Indian journal of veterinary science and animal husbandry - Volume 6,
Year: 1936
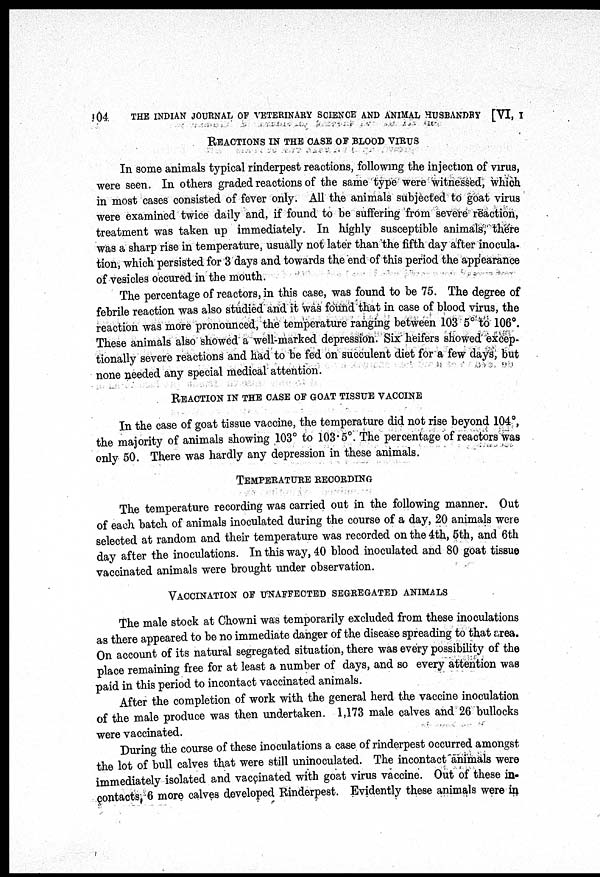
104.
THE INDIAN JOURNAL OF VETERINARY SCIENCE AND ANIMAL HUSBANDRY [VI, I
REACTIONS IN THE CASE OF BLOOD VIRUS
In some animals typical rinderpest reactions, following the injection of virus,
were seen. In others graded reactions of the same type were witnessed, which
in most cases consisted of fever only. All the animals subjected to goat virus
were examined twice daily and, if found to be suffering from severe reaction,
treatment was taken up immediately. In highly susceptible animals, there
was a sharp rise in temperature, usually not later than the fifth day after inocula-
tion, which persisted for 3 days and towards the end of this period the appearance
of vesicles occured in the mouth.
The percentage of reactors, in this case, was found to be 75. The degree of
febrile reaction was also studied and it was found that in case of blood virus, the
reaction was more pronounced, the temperature ranging between 103 5° to 106°.
These animals also showed a well-marked depression. Six heifers showed excep-
tionally severe reactions and had to be fed on succulent diet for a few days, but
none needed any special medical attention.
REACTION IN THE CASE OF GOAT TISSUE VACCINE
In the case of goat tissue vaccine, the temperature did not rise beyond 104º,
the majority of animals showing 103° to 103.5°. The percentage of reactors was
only 50. There was hardly any depression in these animals.
TEMPERATURE RECORDING
The temperature recording was carried out in the following manner. Out
of each batch of animals inoculated during the course of a day, 20 animals were
selected at random and their temperature was recorded on the 4th, 5th, and 6th
day after the inoculations. In this way, 40 blood inoculated and 80 goat tissue
vaccinated animals were brought under observation.
VACCINTION OF UNAFFECTED SEGREGATED ANIMALS
The male stock at Chowni was temporarily excluded from these inoculations
as there appeared to be no immediate danger of the disease spreading to that area.
On account of its natural segregated situation, there was every possibility of the
place remaining free for at least a number of days, and so every attention was
paid in this period to incontact vaccinated animals.
After the completion of work with the general herd the vaccine inoculation
of the male produce was then undertaken. 1,173 male calves and 26 bullocks
were vaccinated.
During the course of these inoculations a case of rinderpest occurred amongst
the lot of bull calves that were still uninoculated. The incontact animals were
immediately isolated and vaccinated with goat virus vaccine. Out of these in-
contacts, 6 more calves developed Rinderpest. Evidently these animals were in